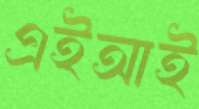
এইআই